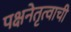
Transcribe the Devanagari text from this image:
पक्षनेतृत्वाची